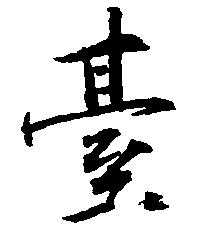
台